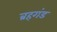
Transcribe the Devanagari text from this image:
ब्रहगंड